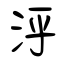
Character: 泘